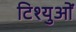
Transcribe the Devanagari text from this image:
टिश्युओं